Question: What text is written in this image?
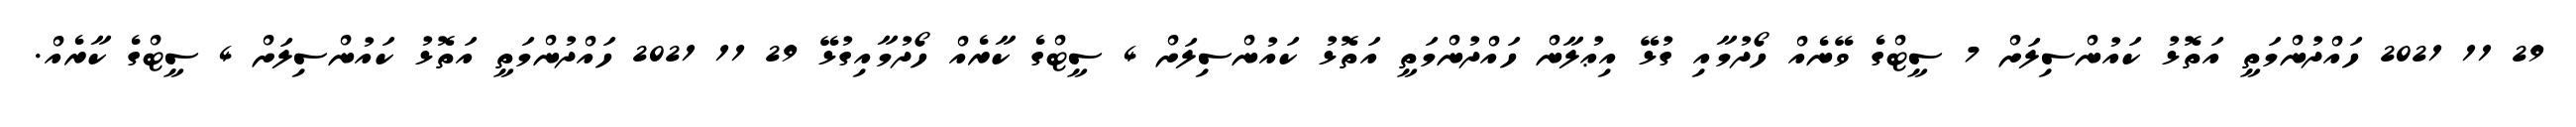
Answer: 29 11 2021 ހައްދުންމަތީ އަތޮޅު ކައުންސިލަށް 7 ސީޓްގެ ވޭނެއް ހޯދުމާއި ގުޅޭ އިޢުލާން ހައްދުންމަތީ އަތޮޅު ކައުންސިލަށް 4 ސީޓްގެ ކާރެއް ހޯދުމާއިގުޅޭ 29 11 2021 ހައްދުންމަތީ އަތޮޅު ކައުންސިލަށް 4 ސީޓްގެ ކާރެއް.